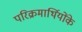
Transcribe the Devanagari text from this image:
परिक्रमार्थियोंके